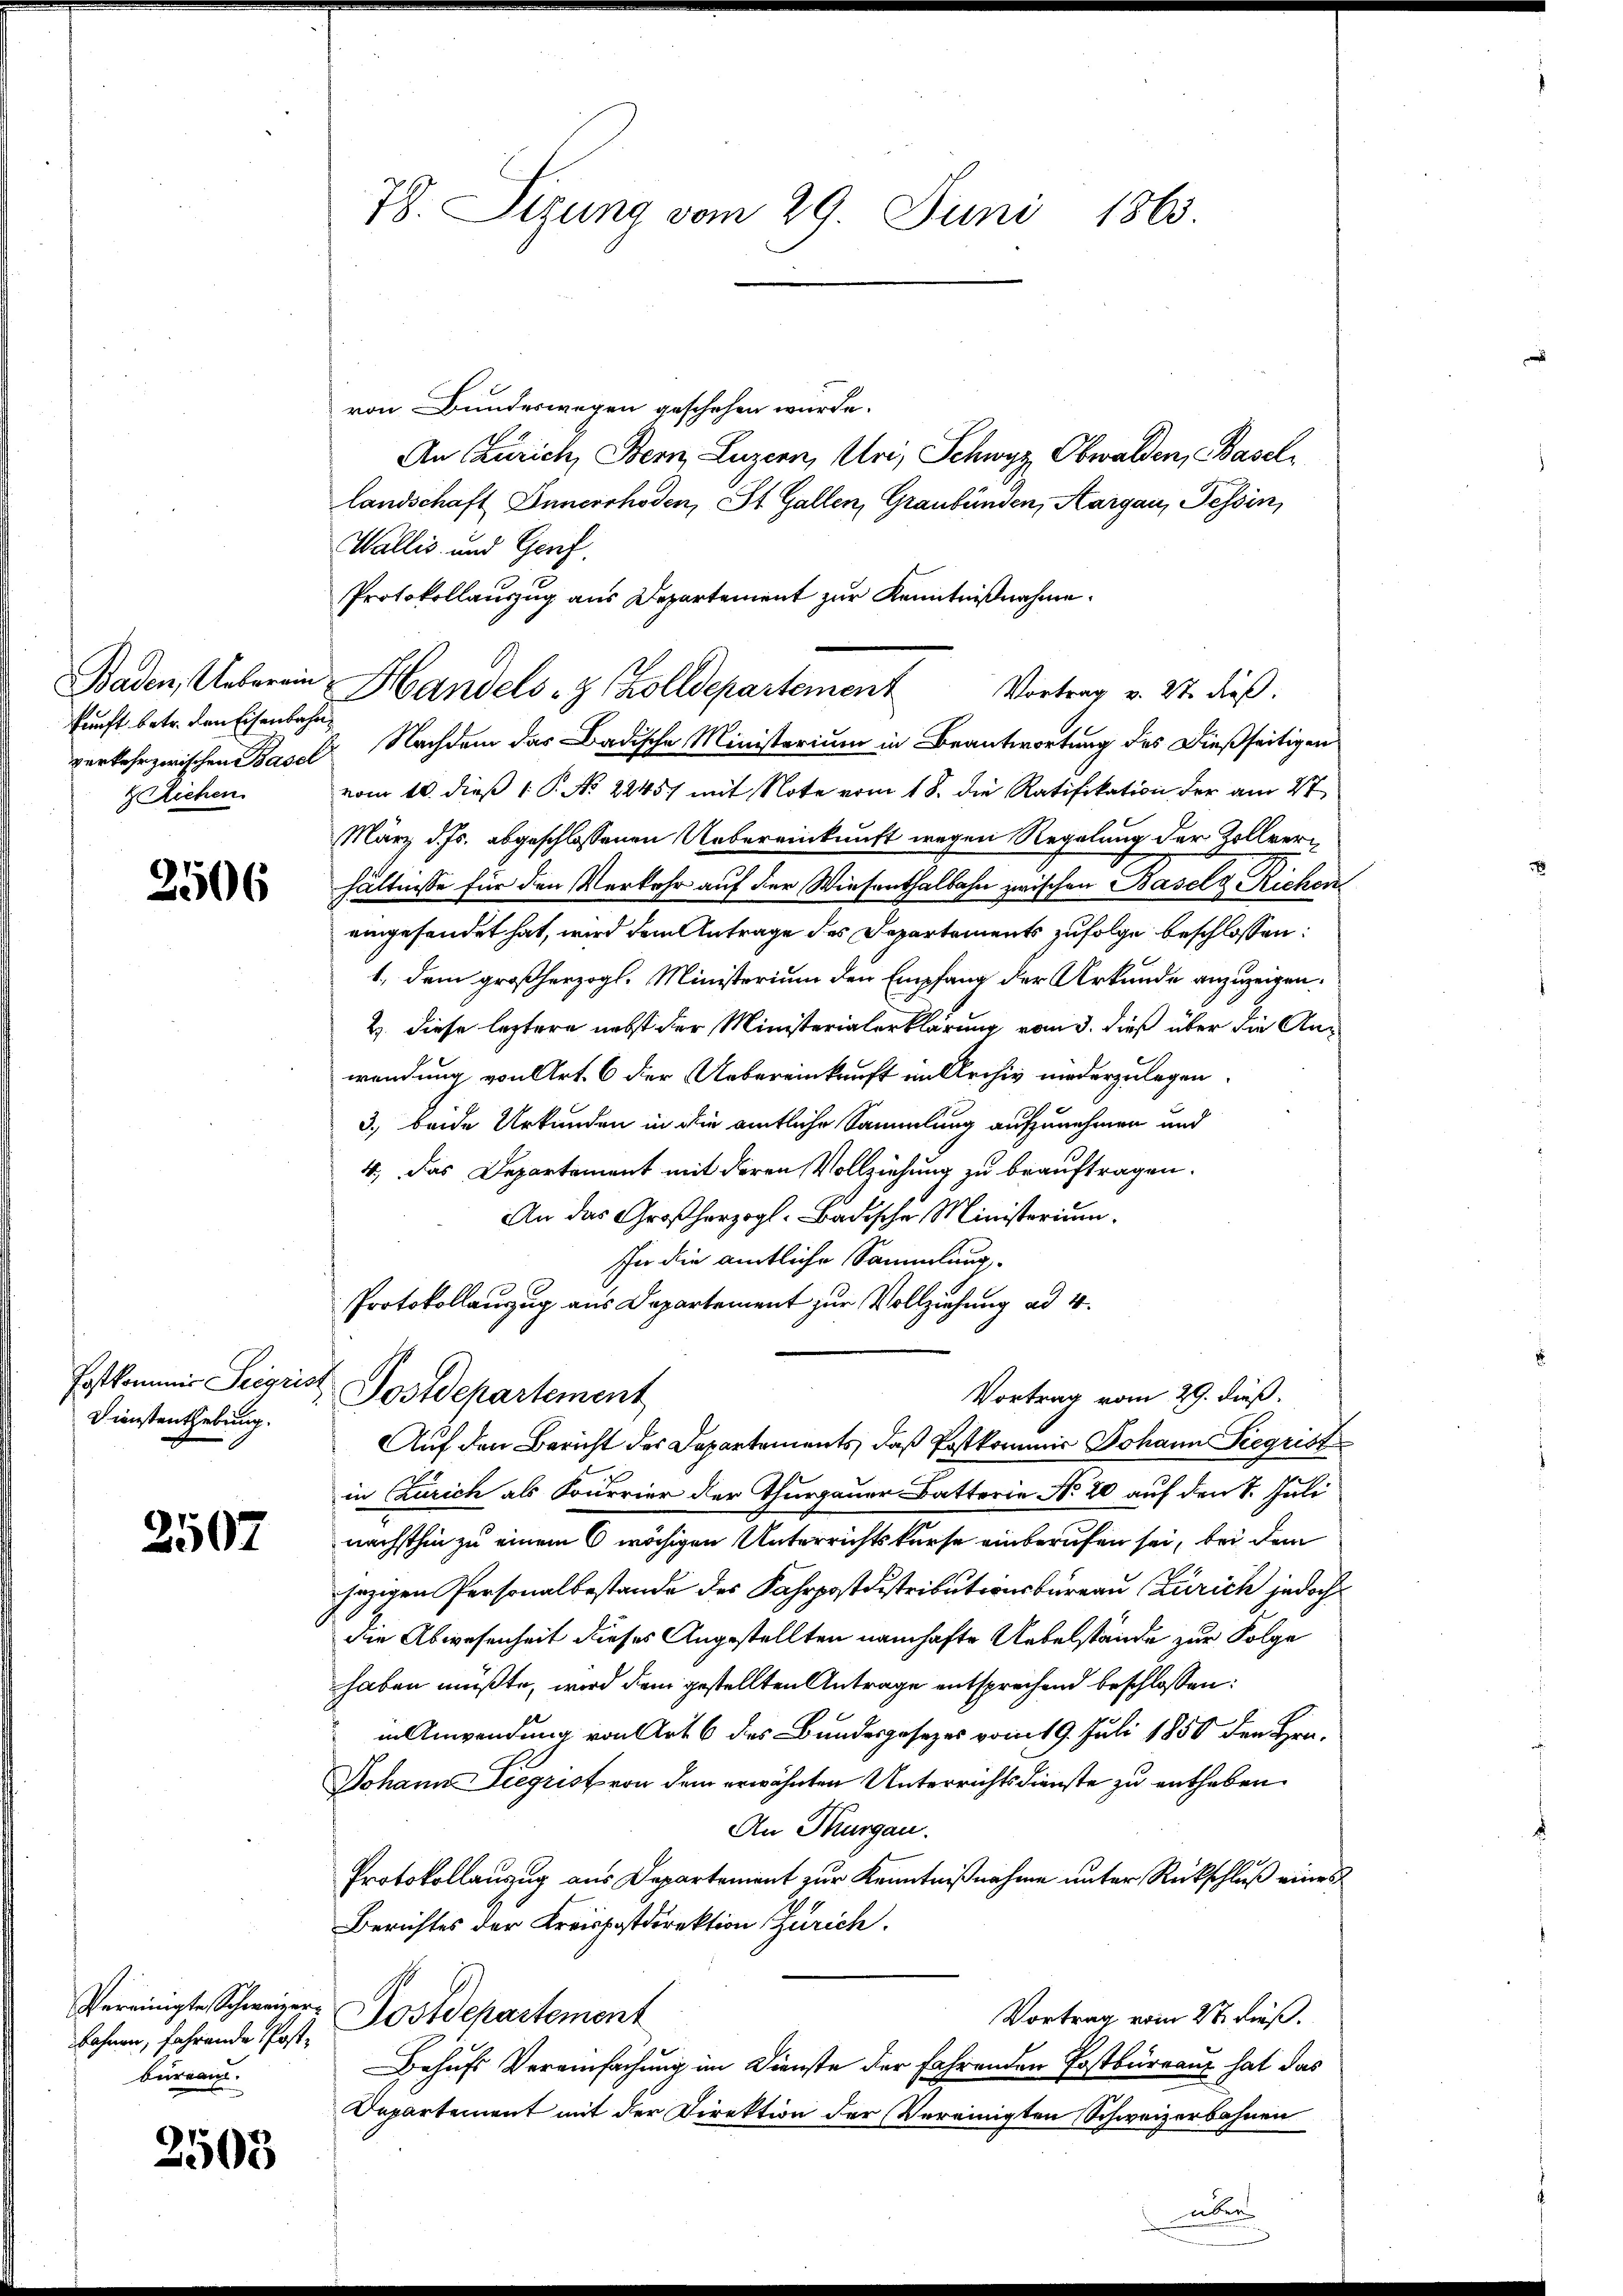
kunft betr. den Eisenbahn,
 Riehen.

2506

Dienstenthebung.

2507

von Bundeswegen geschehen wurde.
An Zürich, Bern, Luzern, Uri, Schwyz, Obwalden, Basellandschaft Innerrhoden, St. Gallen, Graubünden, Aargau, Tessin,
Wallis und Genf.
Protokollauszug aus Departement zur Kenntnißnahme.
verkehr zwischen Basel Nachdem das Badische Ministerium in Beantwortung des dießseitigen
vom 10. dieß P. No 2245) mit Note vom 18. die Ratifikation der am 27
März d. Js. abgeschlossenen Uebereinkunft wegen Regelung der Zollverhältnisse für den Verkehr auf der Wiesenthalbahn zwischen Basel d. Richen
eingesendet hat, wird dem Antrage des Departements zufolge beschlossen:
1., dem großherzogl. Ministerium den Empfang der Urkunde anzuzeigen.
2. diese leztere nebst der Ministerialerklärung vom 3. dieß über die Anwendung von Art. 6 der Uebereinkunft in Archiv niederzulegen.
3, beide Urkunden in die amtliche Sammlung aufzunehmen und
4., Das Departement mit deren Vollziehung zu beauftragen.
An das Großherzogl. Badische Ministerium.
In die amtliche Sammlung,
Protokollanzug aus Departement zur Vollziehung ad 4.
Postkommis Sigrist Postdepartement
Vortrag vom 29. dieß.
Auf den Bericht der Departements, daß Postkommis Johann Siegrist
in Zürich als Sourrier der Thurgauer Batterie No. 20 auf den 1. Juli
nächsthin zu einem 6 wächigen Unterrichtskurse einberufen sei, bei dem
jezigen Personalbestande des Fahrpostdistributionsbüreau (Zürich jedoch
die Abwesenheit dieses Angestellten namhafte Uebelstände zur Folge
haben müßte, wird dem gestellten Antrage entsprechend beschlossen:
in Anwendung von Art. 6 des Bundesgesezes vom 19. Juli 1850 den Hrn.
Johann Siegrist von dem erwähnten Unterrichtsdienste zu enthaben.
An Thurgau.
Protokollanzug aus Departement zur Kenntnißnahme unter Rückschluß eines
Berichtes der Kreispostdirektion Zürich.
Vortrag vom 28 dieß.
Lohnen, fahrende Post. Postdepartement
Behufs Vereinfachung im Dienste der fahrenden Postbüreau hat das
Departement mit der Direktion der Vereinigten Schweizerbahnen

Vereinigte Schweizerbureau.

2503

78. Sizung vom 29. Juni 1863.

Baden, Ueberein Handels- & Zolldepartement Vortrag v. 27. dieß.

ab

d